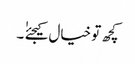
کچھ تو خیال کیجئےٰ ٰ ۔